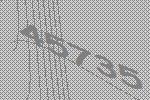
45735